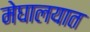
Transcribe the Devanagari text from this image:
मेघालयात